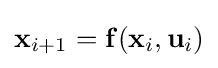
\mathbf {x} _{i+1}=\mathbf {f} (\mathbf {x} _{i},\mathbf {u} _{i})